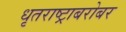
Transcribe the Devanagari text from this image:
धृतराष्ट्राबरोबर